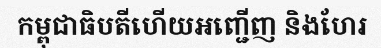
កម្ពុជាធិបតីហើយអញ្ជើញ និងហែរ